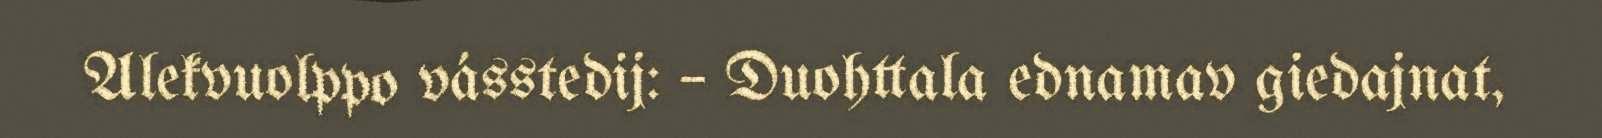
Alekvuolppo vásstedij: – Duohttala ednamav giedajnat,